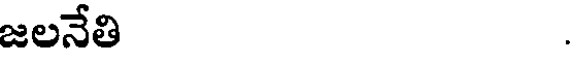
జలనేతి